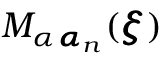
M _ { \alpha \, { \pmb \alpha } _ { n } } ( { \pmb \xi } )